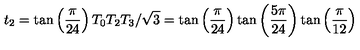
t _ { 2 } = \tan \left( \frac { \pi } { 2 4 } \right) T _ { 0 } T _ { 2 } T _ { 3 } / \sqrt { 3 } = \tan \left( \frac { \pi } { 2 4 } \right) \tan \left( \frac { 5 \pi } { 2 4 } \right) \tan \left( \frac { \pi } { 1 2 } \right)